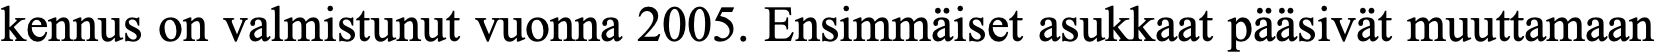
kennus on valmistunut vuonna 2005. Ensimmäiset asukkaat pääsivät muuttamaan